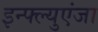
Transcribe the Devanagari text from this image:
इन्फ्ल्युएंजा